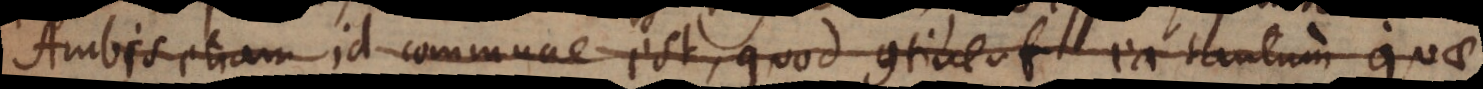
Ambis etiam id commune est, quod continent ea tantum quae